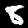
Digit: 8